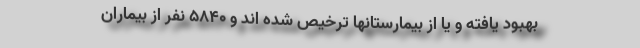
بهبود یافته و یا از بیمارستانها ترخیص شده اند و ۵۸۴۰ نفر از بیماران